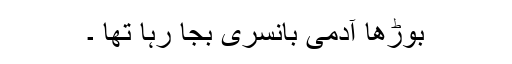
بوڑھا آدمی بانسری بجا رہا تھا ۔